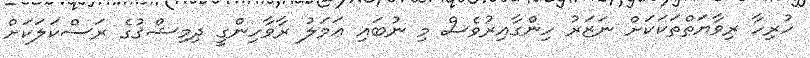
ހުރިހާ ރިވާޔަތްތަކަކަށް ނަޒަރު ހިންގާއިރުވެސް މި ނުބައި ޢަމަލު ރާވާހިންގީ ދިމިޝްޤުގެ ރަސްކަލަކަށް